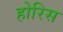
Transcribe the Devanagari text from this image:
होरिस